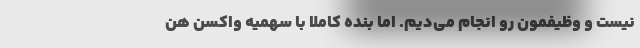
نیست و وظیفمون رو انجام می‌دیم. اما بنده کاملاً با سهمیه واکسن هن